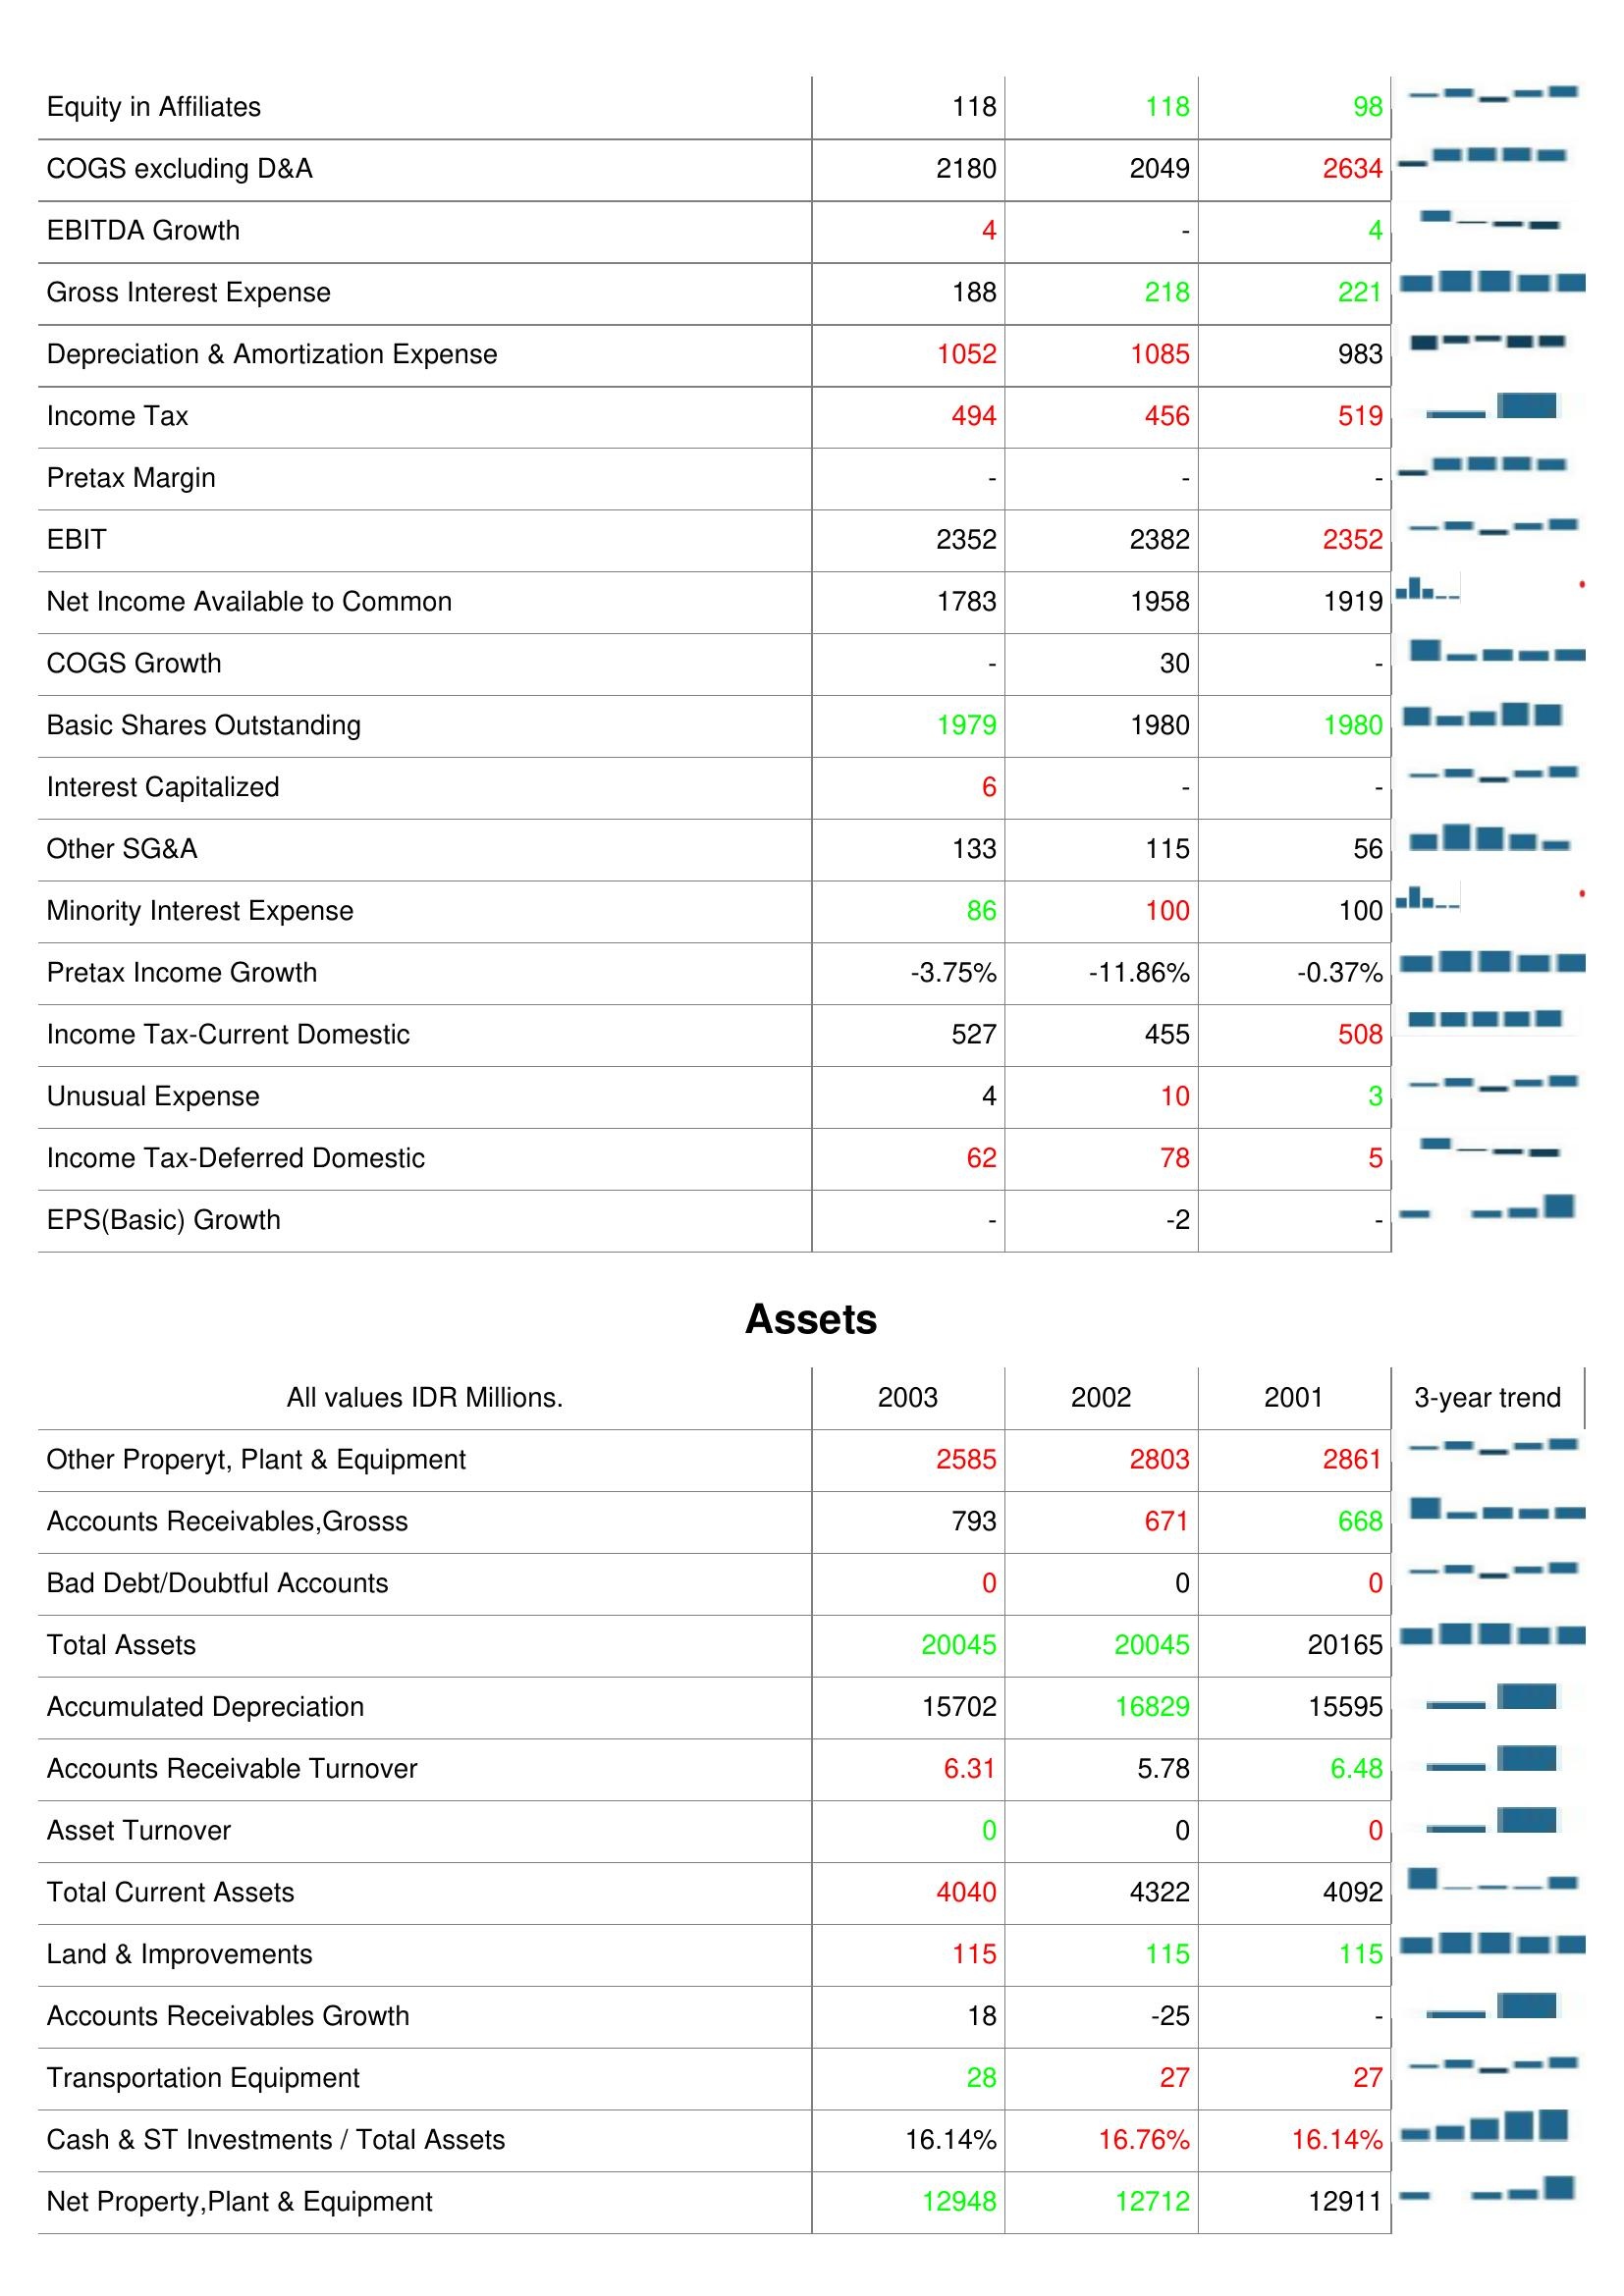
2003: : Equity in Affiliates: 118
COGS excluding D&A: 2180
EBITDA Growth: 4
Gross Interest Expense: 188
Depreciation & Amortization Expense: 1052
Income Tax: 494
Pretax Margin: -
EBIT: 2352
Net Income Available to Common: 1783
COGS Growth: -
Basic Shares Outstanding: 1979
Interest Capitalized: 6
Other SG&A: 133
Minority Interest Expense: 86
Pretax Income Growth: -3.75%
Income Tax-Current Domestic: 527
Unusual Expense: 4
Income Tax-Deferred Domestic: 62
EPS(Basic) Growth: -
Assets: Other Properyt, Plant & Equipment: 2585
Accounts Receivables,Grosss: 793
Bad Debt/Doubtful Accounts: 0
Total Assets: 20045
Accumulated Depreciation: 15702
Accounts Receivable Turnover: 6.31
Asset Turnover: 0
Total Current Assets: 4040
Land & Improvements: 115
Accounts Receivables Growth: 18
Transportation Equipment: 28
Cash & ST Investments / Total Assets: 16.14%
Net Property,Plant & Equipment: 12948
2002: : Equity in Affiliates: 118
COGS excluding D&A: 2049
EBITDA Growth: -
Gross Interest Expense: 218
Depreciation & Amortization Expense: 1085
Income Tax: 456
Pretax Margin: -
EBIT: 2382
Net Income Available to Common: 1958
COGS Growth: 30
Basic Shares Outstanding: 1980
Interest Capitalized: -
Other SG&A: 115
Minority Interest Expense: 100
Pretax Income Growth: -11.86%
Income Tax-Current Domestic: 455
Unusual Expense: 10
Income Tax-Deferred Domestic: 78
EPS(Basic) Growth: -2
Assets: Other Properyt, Plant & Equipment: 2803
Accounts Receivables,Grosss: 671
Bad Debt/Doubtful Accounts: 0
Total Assets: 20045
Accumulated Depreciation: 16829
Accounts Receivable Turnover: 5.78
Asset Turnover: 0
Total Current Assets: 4322
Land & Improvements: 115
Accounts Receivables Growth: -25
Transportation Equipment: 27
Cash & ST Investments / Total Assets: 16.76%
Net Property,Plant & Equipment: 12712
2001: : Equity in Affiliates: 98
COGS excluding D&A: 2634
EBITDA Growth: 4
Gross Interest Expense: 221
Depreciation & Amortization Expense: 983
Income Tax: 519
Pretax Margin: -
EBIT: 2352
Net Income Available to Common: 1919
COGS Growth: -
Basic Shares Outstanding: 1980
Interest Capitalized: -
Other SG&A: 56
Minority Interest Expense: 100
Pretax Income Growth: -0.37%
Income Tax-Current Domestic: 508
Unusual Expense: 3
Income Tax-Deferred Domestic: 5
EPS(Basic) Growth: -
Assets: Other Properyt, Plant & Equipment: 2861
Accounts Receivables,Grosss: 668
Bad Debt/Doubtful Accounts: 0
Total Assets: 20165
Accumulated Depreciation: 15595
Accounts Receivable Turnover: 6.48
Asset Turnover: 0
Total Current Assets: 4092
Land & Improvements: 115
Accounts Receivables Growth: -
Transportation Equipment: 27
Cash & ST Investments / Total Assets: 16.14%
Net Property,Plant & Equipment: 12911